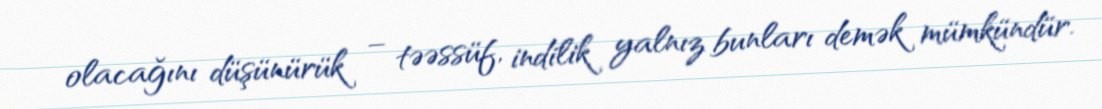
olacağını düşünürük – təəssüf, indilik yalnız bunları demək mümkündür.